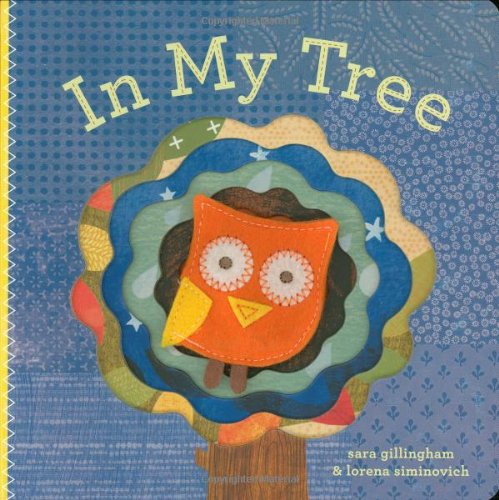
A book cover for In My Tree; Sara Gillingham; Children's Books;